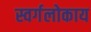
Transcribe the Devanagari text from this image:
स्वर्गलोकाय